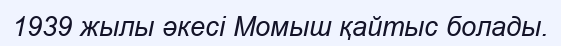
1939 жылы әкесі Момыш қайтыс болады.